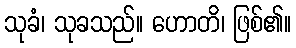
သုခံ၊ သုခသည်။ ဟောတိ၊ ဖြစ်၏။